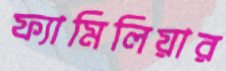
ফ্যামিলিয়ার